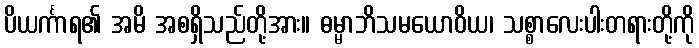
ပိယင်္ကာရ၏ အမိ အစရှိသည်တို့အား။ ဓမ္မာဘိသမယောဝိယ၊ သစ္စာလေးပါးတရားတို့ကို